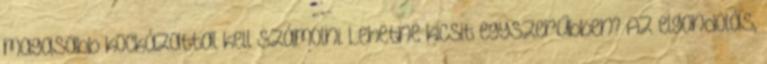
magasabb kockázattal kell számolni. Lehetne kicsit egyszerűbben? Az elgondolás,